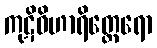
ကုဋိဝိဟာရိတ္ထေရော